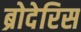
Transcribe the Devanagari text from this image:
ब्रोदेरिस